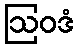
ဩဝဒံ